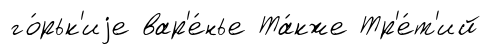
го́рьк'иjе вар'е́нье Та́кже Тр'е́т'ий